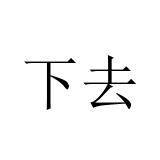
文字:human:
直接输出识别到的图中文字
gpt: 下去